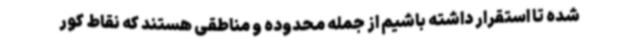
شده تا استقرار داشته باشیم از جمله محدوده و مناطقی هستند که نقاط کور